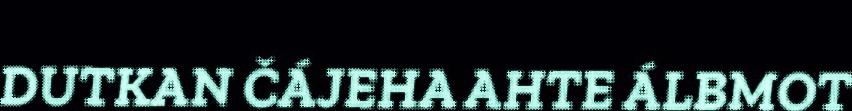
DUTKAN ČÁJEHA AHTE ÁLBMOT